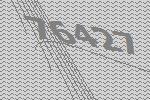
76427